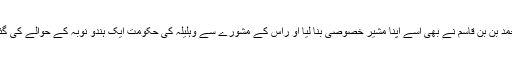
محمد بن بن قاسم نے بھی اسے اپنا مشیر خصوصی بنا لیا او راس کے مشورے سے وہلیلہ کی حکومت ایک ہندو نوبہ کے حوالے کی گئی۔